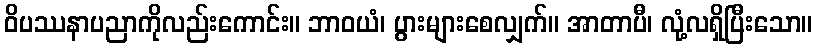
ဝိပဿနာပညာကိုလည်းကောင်း။ ဘာဝယံ၊ ပွားများစေလျှက်။ အာတာပီ၊ လုံ့လရှိပြီးသော။